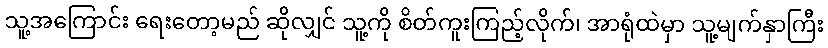
သူ့အကြောင်း ရေးတော့မည် ဆိုလျှင် သူ့ကို စိတ်ကူးကြည့်လိုက်၊ အာရုံထဲမှာ သူ့မျက်နှာကြီး